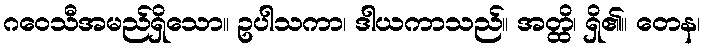
ဂဝေသီအမည်ရှိသော။ ဥပါသကာ၊ ဒါယကာသည်။ အတ္ထိ၊ ရှိ၏။ တေန၊